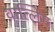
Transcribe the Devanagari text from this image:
वात्लिग